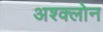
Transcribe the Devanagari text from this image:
अश्क्लोन